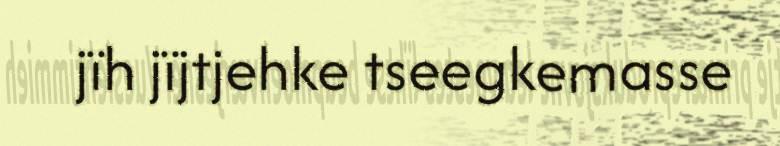
jïh jïjtjehke tseegkemasse